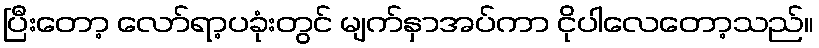
ပြီးတော့ လော်ရာ့ပခုံးတွင် မျက်နှာအပ်ကာ ငိုပါလေတော့သည်။